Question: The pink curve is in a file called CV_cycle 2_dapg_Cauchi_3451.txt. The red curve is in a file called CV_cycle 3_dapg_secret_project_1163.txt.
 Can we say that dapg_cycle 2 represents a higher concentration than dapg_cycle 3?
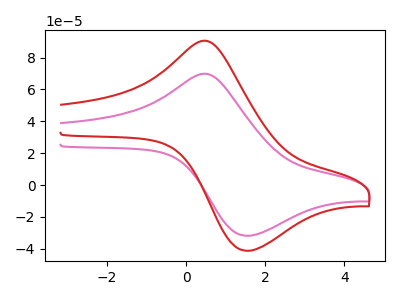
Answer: <think>The pink curve "dapg_cycle 2" has an anodic peak at (0.55V, 69.55uA) and a cathodic peak at (1.50V, -31.80uA). The red curve "dapg_cycle 3" has an anodic peak at (0.55V, 90.20uA) and a cathodic peak at (1.50V, -41.25uA).
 All the peaks in "dapg_cycle 2" have a peak in "dapg_cycle 3" at the same potential. Every peak in "dapg_cycle 2" is lower than every peak in "dapg_cycle 3".</think>
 <answer>"dapg_cycle 2" has less signal than "dapg_cycle 3" and so likely has a lower concentration.</answer>
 <eval>less_concentration</eval>